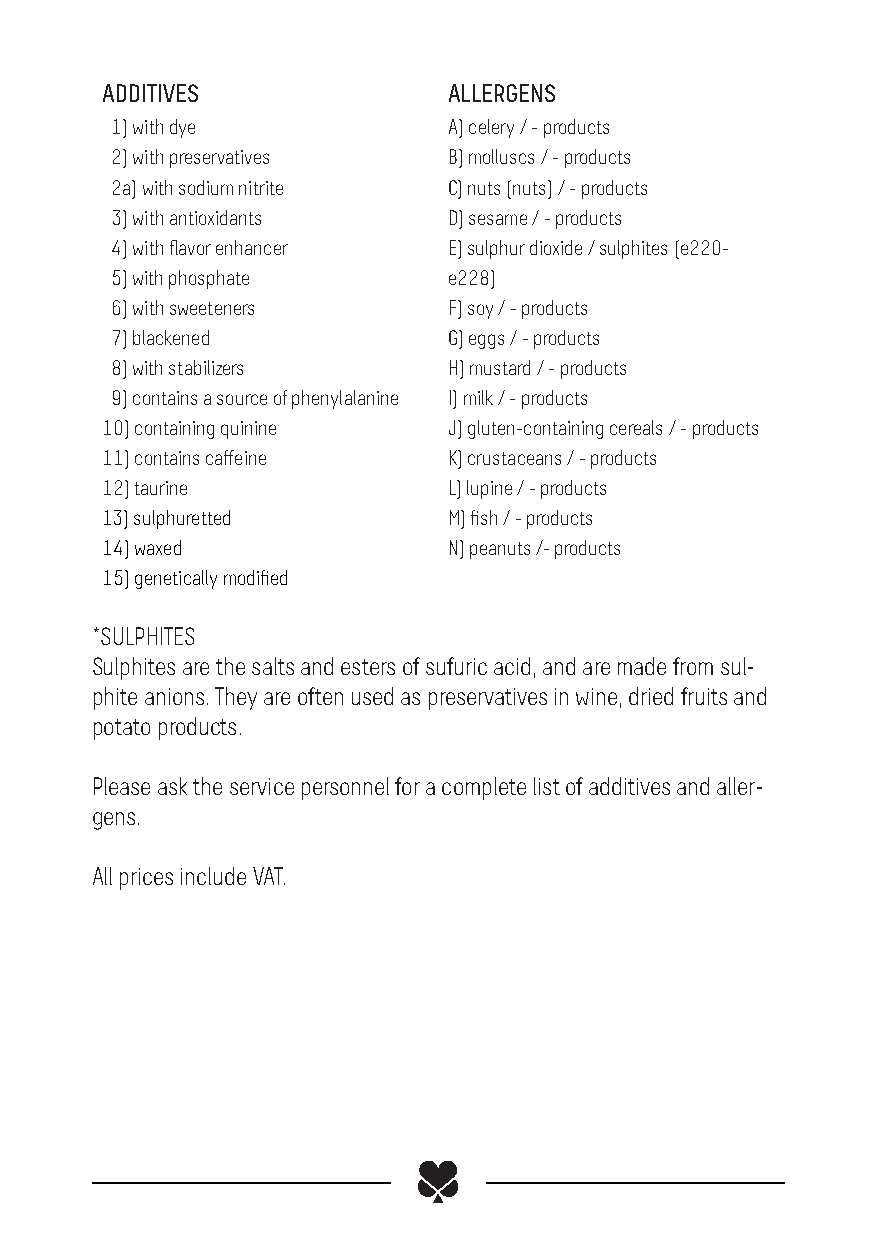
ADDITIVES              ALLERGENS
 1) with dye            A) celery / - products
 2) with preservatives  B) molluscs / - products
 2a) with sodium nitrite C) nuts (nuts) / - products
 3) with antioxidants   D) sesame / - products
 4) with flavor enhancer E) sulphur dioxide / sulphites (e220-
 5) with phosphate      e228)
 6) with sweeteners     F) soy / - products
 7) blackened           G) eggs / - products
 8) with stabilizers    H) mustard / - products
 9) contains a source of phenylalanine I) milk / - products
 10) containing quinine J) gluten-containing cereals / - products
 11) contains caffeine  K) crustaceans / - products
 12) taurine            L) lupine / - products
 13) sulphuretted       M) fish / - products
 14) waxed              N) peanuts /- products
 15) genetically modified
 *SULPHITES
 Sulphites are the salts and esters of sufuric acid, and are made from sul-
 phite anions. They are often used as preservatives in wine, dried fruits and
 potato products.
 Please ask the service personnel for a complete list of additives and aller-
 gens.
 All prices include VAT.